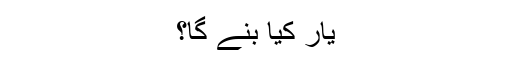
یار کیا بنے گا؟